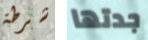
شرطة جدتها